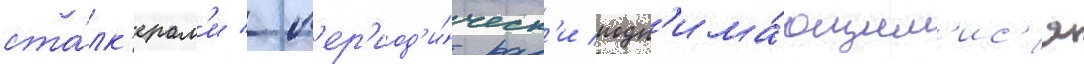
ста́лк'ерам'и / п'ер'иод'и́ческ'и подн'има́ющим'ис'я